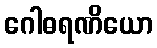
ဂေါဓရဏိယော